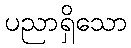
ပညာရှိသော